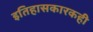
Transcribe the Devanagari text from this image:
इतिहासकारकही